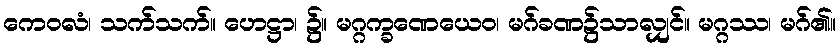
ကေဝလံ၊ သက်သက်။ ဟေဋ္ဌာ၊ ၌။ မဂ္ဂက္ခဏေယေဝ၊ မဂ်ခဏ၌သာလျှင်။ မဂ္ဂဿ၊ မဂ်၏။